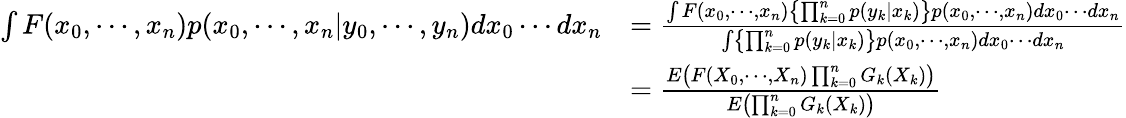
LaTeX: {\begin{array}{rl}{\int F(x_{0},\cdots,x_{n})p(x_{0},\cdots,x_{n}|y_{0},\cdots,y_{n})dx_{0}\cdots dx_{n}}&{={\frac{\int F(x_{0},\cdots,x_{n})\left\{ \prod_{k=0}^{n}p(y_{k}|x_{k})\right\} p(x_{0},\cdots,x_{n})dx_{0}\cdots dx_{n}}{\int\left\{ \prod_{k=0}^{n}p(y_{k}|x_{k})\right\} p(x_{0},\cdots,x_{n})dx_{0}\cdots dx_{n}}}}\\ &{={\frac{E\left(F(X_{0},\cdots,X_{n})\prod_{k=0}^{n}G_{k}(X_{k})\right)}{E\left(\prod_{k=0}^{n}G_{k}(X_{k})\right)}}}\end{array}}